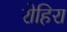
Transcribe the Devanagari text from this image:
रोहिरा